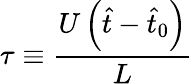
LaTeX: \tau\equiv\frac{U\left(\hat{t}-\hat{t}_{0}\right)}{L}